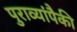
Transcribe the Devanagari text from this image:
पुराव्यांपैकी